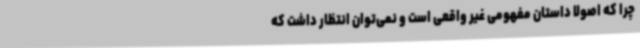
چرا که اصولا داستان مفهومی غیر واقعی است و نمی‌توان انتظار داشت که